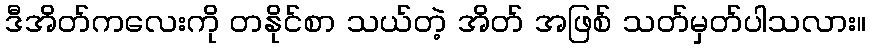
ဒီအိတ်ကလေးကို တနိုင်စာ သယ်တဲ့ အိတ် အဖြစ် သတ်မှတ်ပါသလား။